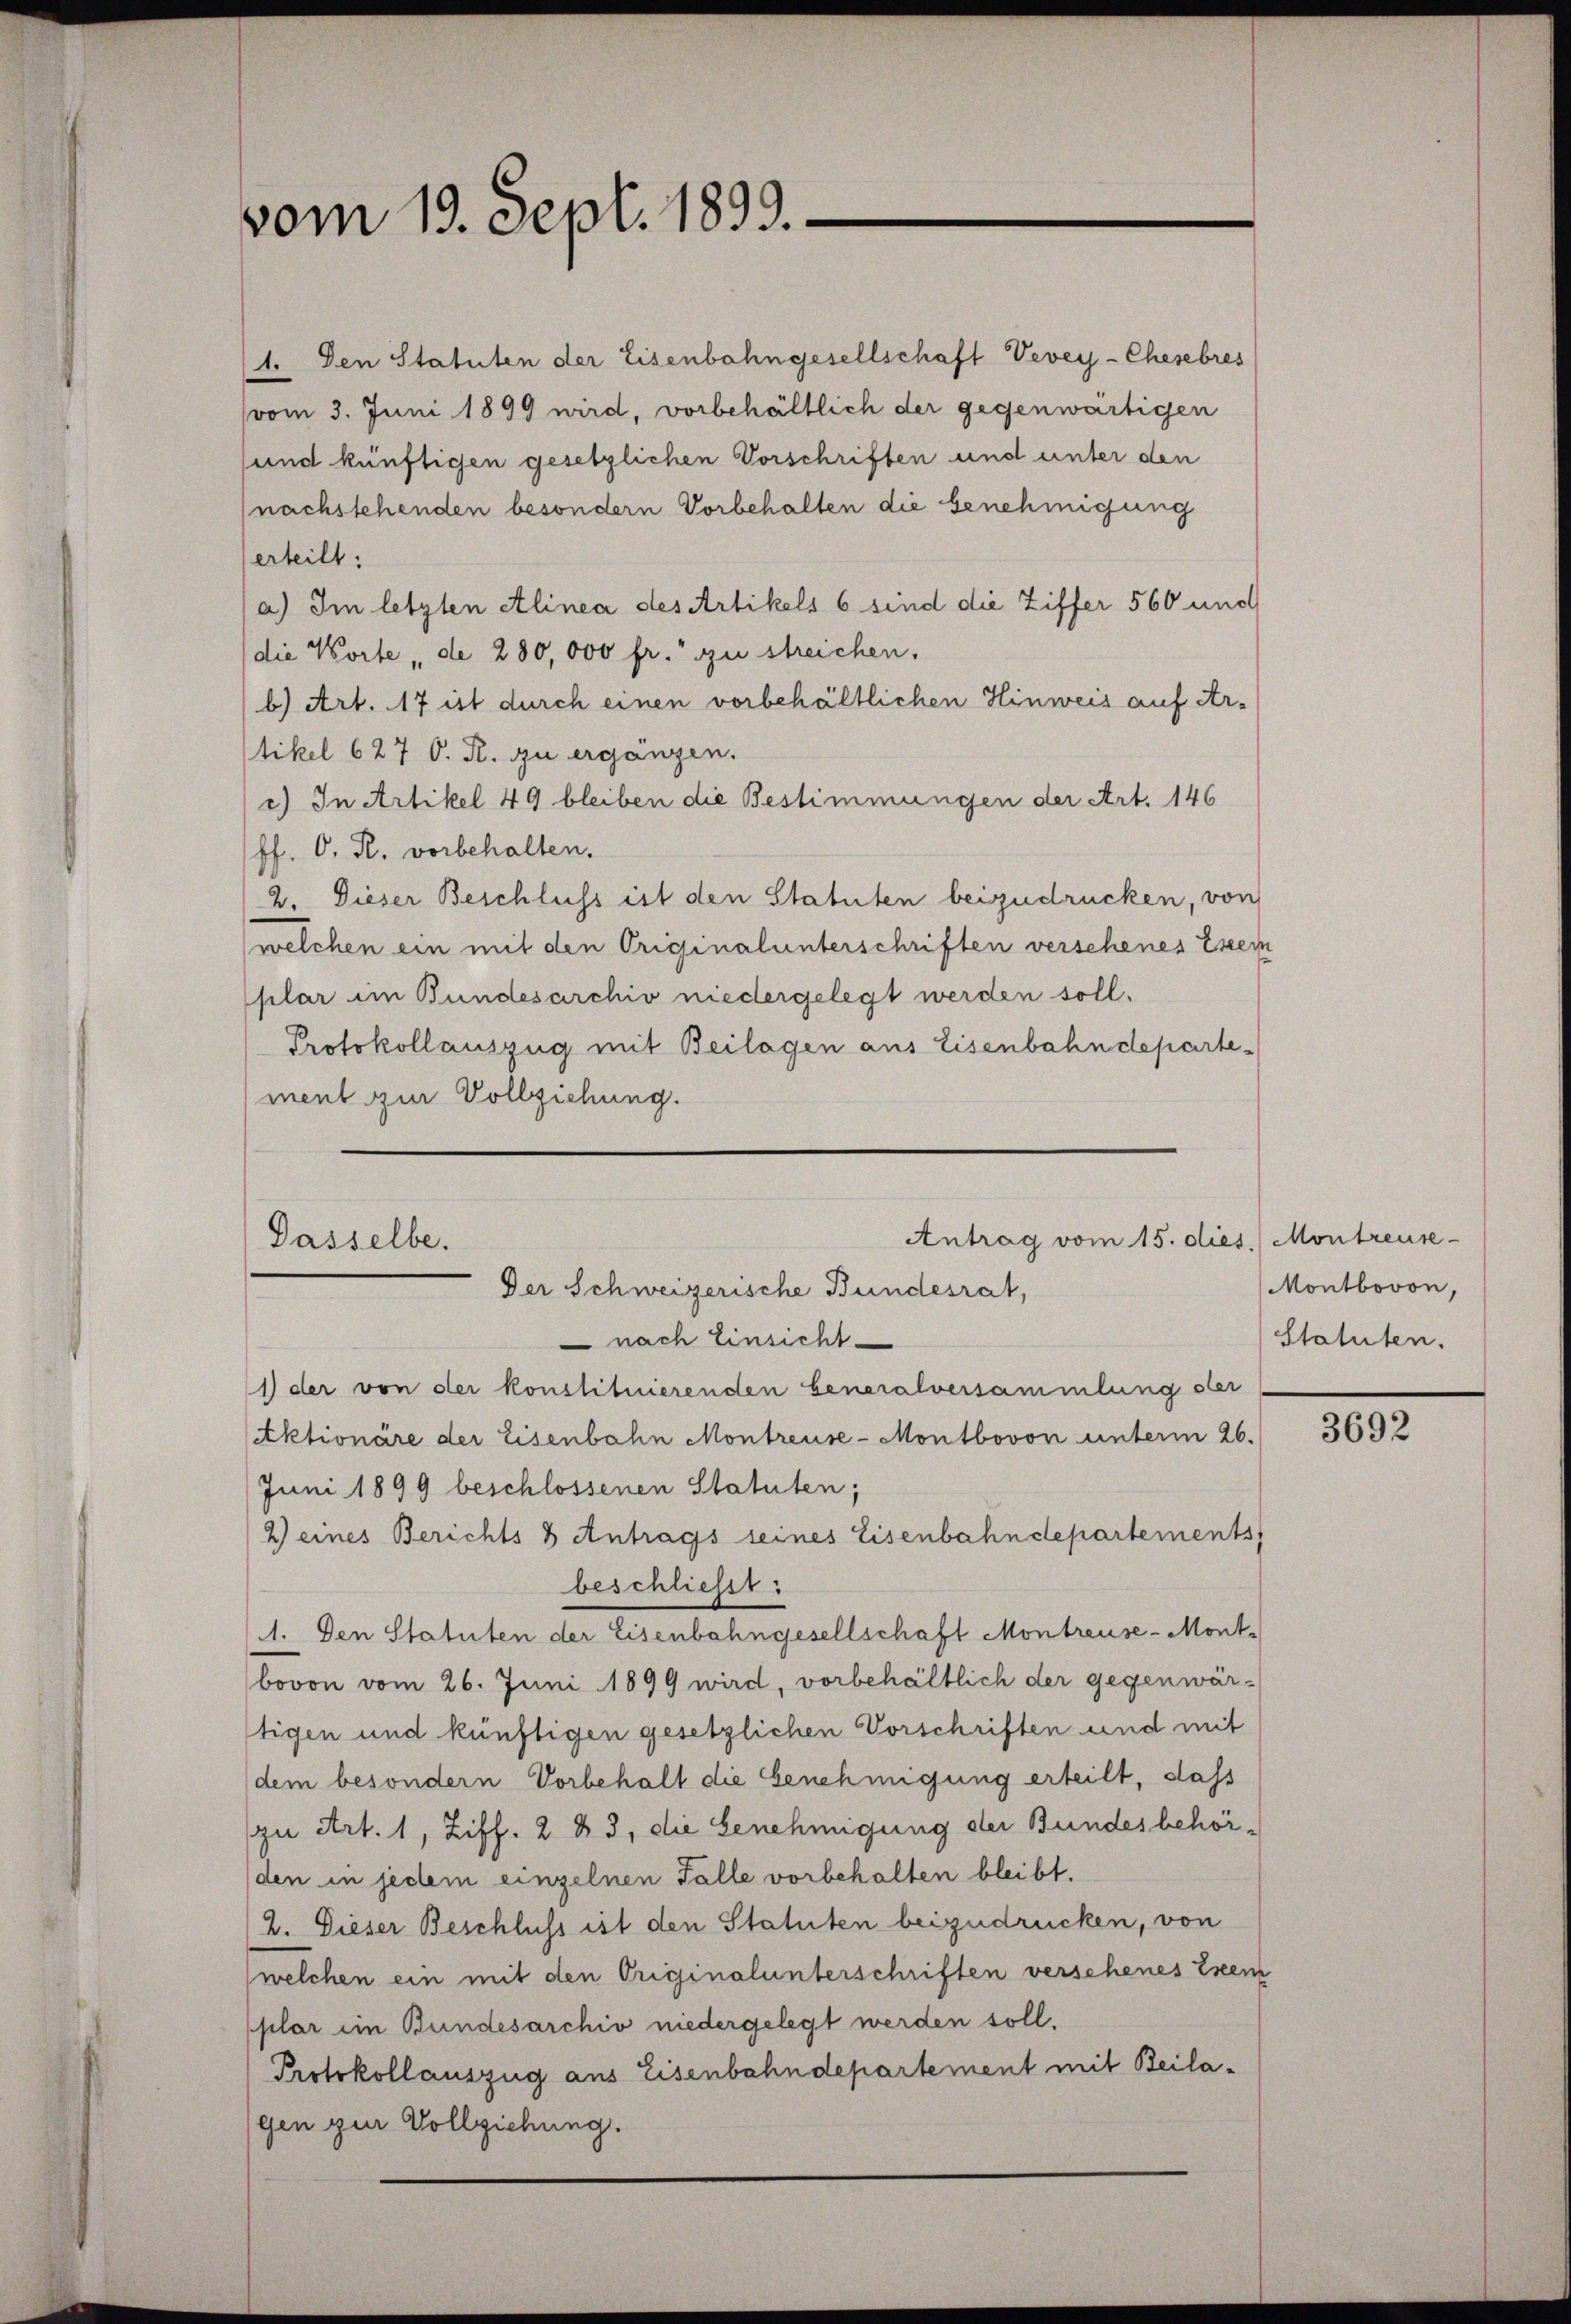
vom 19. Sept. 1899.

1. Den Statuten der Eisenbahngesellschaft Vevey-Chesebres
vom 3. Juni 1899 wird, vorbehältlich der gegenwärtigen
sund künftigen gesetzlichen Vorschriften und unter den
(nachstehenden besondern Vorbehalten die Genehmigung
erteilt:
a) Im letzten Alinea des Artikels 6 sind die Ziffer 560 und
die Korte „de 280,000 fr. zu streichen.
b) Art. 17 ist durch einen vorbehältlichen Hinweis auf Ar-
tikel 627 O. R. zu ergänzen.
c) In Artikel 49 bleiben die Bestimmungen der Art. 146
Pf. O. R. vorbehalten.
2. Dieser Beschluss ist den Statuten beizudrücken, von
welchen ein mit den Originalunterschriften verschenes Exem
plar im Bundesarchiv niedergelegt werden soll.
Protokollauszug mit Beilagen aus Eisenbahndepartement zur Vollziehung.

Antrag vom 15. dies. Montreuse-
Dasselbe.
Der Schweizerische Bundesrat,
 nach Einsicht

1) der von der konstituierenden beneralversammlung ster
Aktionäre der Eisenbahn Montreuse-Montbovon unterm 26.
Juni 1899 beschlossenen Statuten;
2) eines Berichts & Antrags seines Eisenbahndepartements
beschließt:
1. Den Statuten der Eisenbahngesellschaft Montreuse-Mont
bovon vom 26. Juni 1899 wird, vorbehältlich der gegenwär-
tigen und künftigen gesetzlichen Vorschriften und mit
dem besondern Vorbehalt die Genehmigung erteilt, dass
zu Art. 1, Ziff. 2 § 3, die Genehmigung der Bundesbehörden in jedem einzelnen Falle vorbehalten bleibt.
2. Dieser Beschluss ist den Statuten beizudrücken, von
(welchen ein mit den Originalunterschriften verschenes Exem
plar im Bundesarchiv niedergelegt werden soll.
Protokollauszug aus Eisenbahndepartement mit Beilagen zur Vollziehung.

Montbovon,
Statuten.

3692